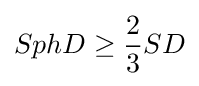
SphD\geq {\frac {2}{3}}SD